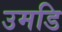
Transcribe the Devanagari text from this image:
उमडि